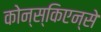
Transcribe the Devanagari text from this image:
कोन्स्किएन्से